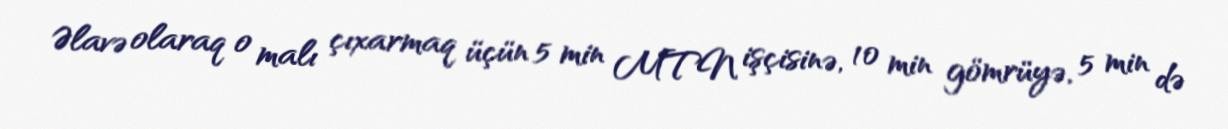
Əlavə olaraq o malı çıxarmaq üçün 5 min MTN işçisinə, 10 min gömrüyə, 5 min də